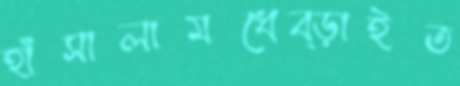
হাঁসালামধেব্‌ড়াইত